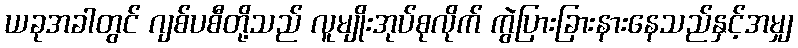
ယခုအခါတွင် ဂျစ်ပစီတို့သည် လူမျိုးအုပ်စုလိုက် ကွဲပြားခြားနားနေသည်နှင့်အမျှ